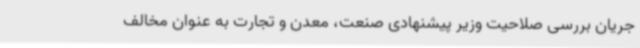
جریان بررسی صلاحیت وزیر پیشنهادی صنعت، معدن و تجارت به عنوان مخالف